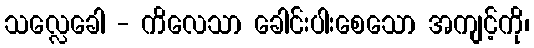
သလ္လေခေါ - ကိလေသာ ခေါင်းပါးစေသော အကျင့်ကို၊